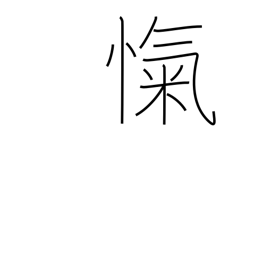
Meaning: breathlessness